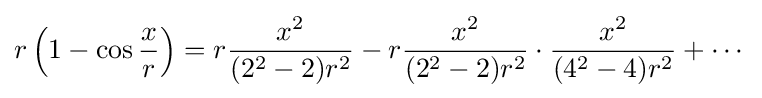
r\left(1-\cos {\frac {x}{r}}\right)=r{\frac {x^{2}}{(2^{2}-2)r^{2}}}-r{\frac {x^{2}}{(2^{2}-2)r^{2}}}\cdot {\frac {x^{2}}{(4^{2}-4)r^{2}}}+\cdots